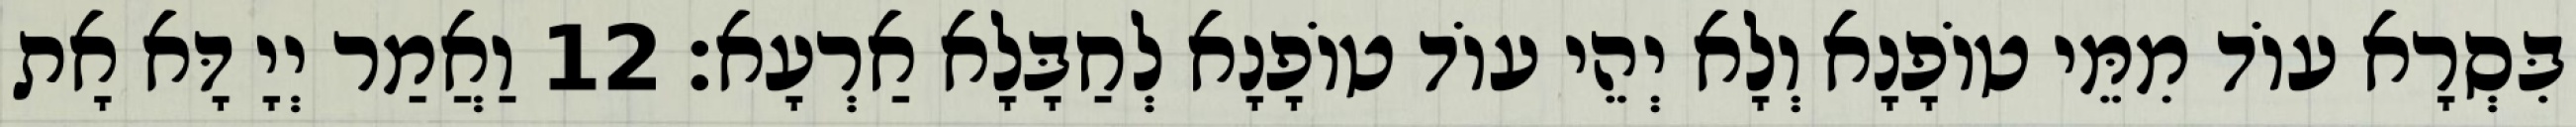
בִּסְרָא עוֹד מִמֵּי טוֹפָנָא וְלָא יְהֵי עוֹד טוֹפָנָא לְחַבָּלָא אַרְעָא׃ 12 וַאֲמַר יְיָ דָּא אָת